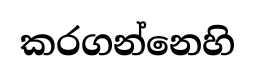
කරගන්නෙහි